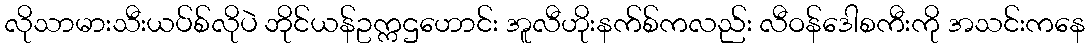
လိုသာမားသီးယပ်စ်လိုပဲ ဘိုင်ယန်ဥက္ကဌဟောင်း အူလီဟိုးနက်စ်ကလည်း လီဝန်ဒေါစကီးကို အသင်းကနေ